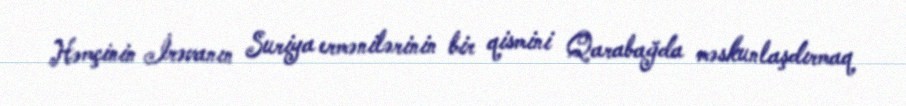
Həmçinin İrəvanın Suriya ermənilərinin bir qismini Qarabağda məskunlaşdırmaq